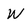
Character: W